画像に写った文字を読んでください
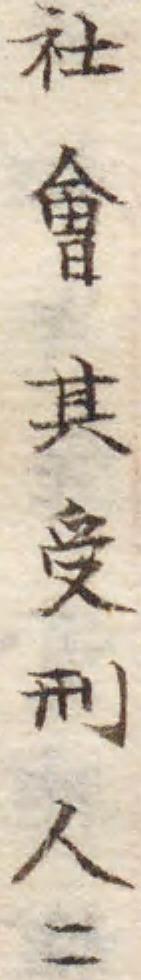
「社會其受刑人ニ」と書いてあります